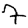
Digit: 7